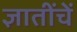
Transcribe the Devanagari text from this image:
ज्ञातींचें